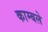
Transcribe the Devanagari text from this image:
काम्बले